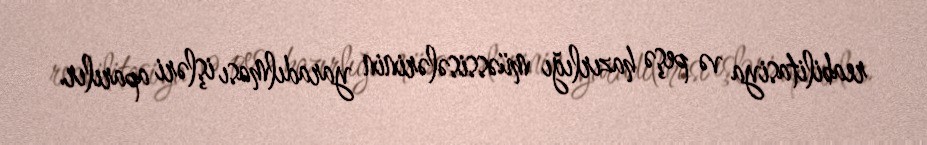
reabilitasiya və peşə hazırlığı müəssisələrinin yaradılması işləri aparılır.